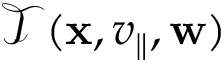
\mathcal { T } ( \mathbf { x } , v _ { \parallel } , \mathbf { w } )